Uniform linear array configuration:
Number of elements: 16
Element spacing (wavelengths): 0.5
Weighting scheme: hamming
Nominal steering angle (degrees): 30
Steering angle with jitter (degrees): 30.579
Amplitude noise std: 0.05
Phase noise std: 0.05

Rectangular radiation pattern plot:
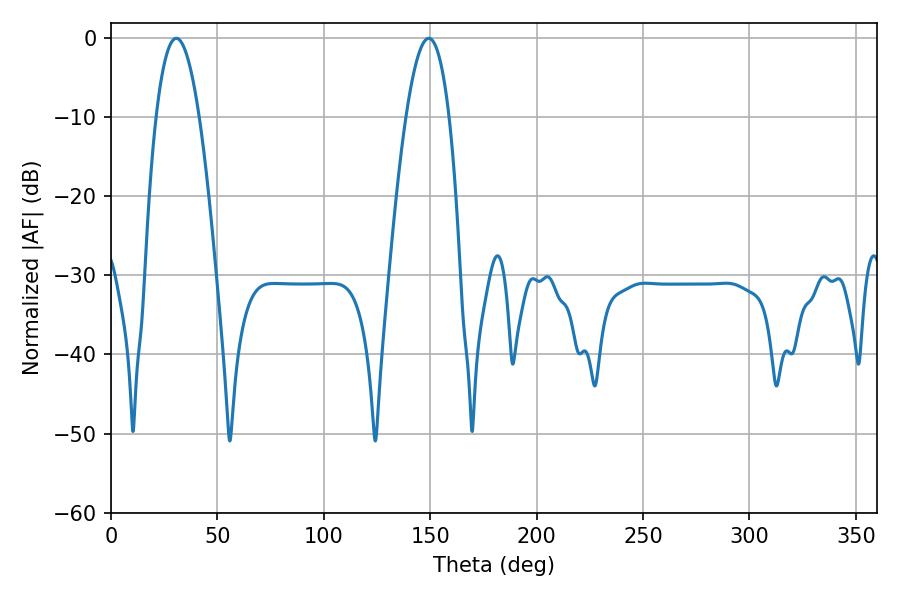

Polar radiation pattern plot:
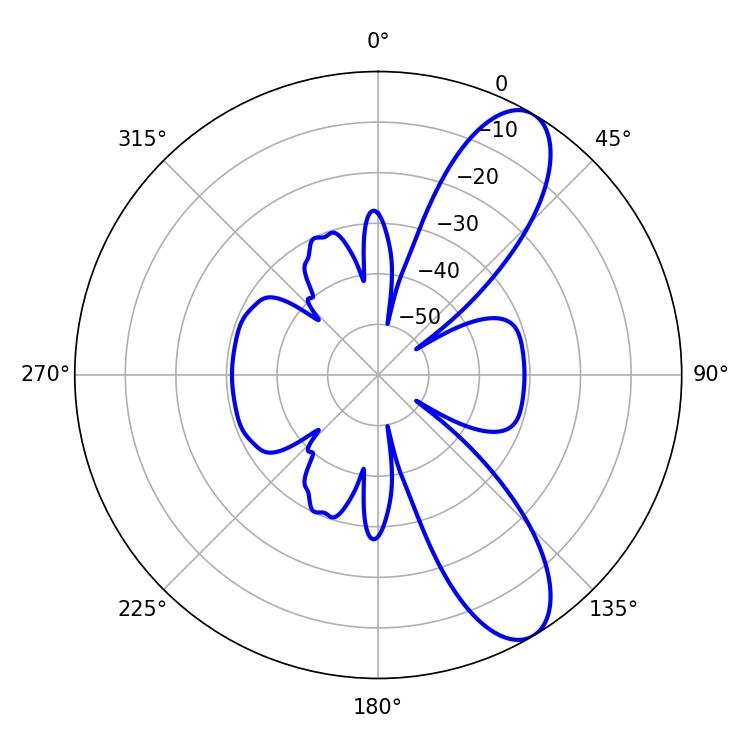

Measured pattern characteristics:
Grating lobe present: FALSE
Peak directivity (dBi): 9.696
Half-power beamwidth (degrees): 11.16
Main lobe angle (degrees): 30.6